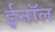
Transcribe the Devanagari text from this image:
ईनॉल